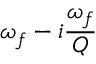
\omega _ { f } - i \frac { \omega _ { f } } { Q }